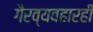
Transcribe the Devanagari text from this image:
गैरव्यवहारही